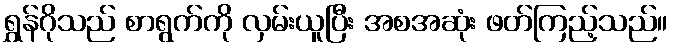
ရွှန်ဂိုသည် စာရွက်ကို လှမ်းယူပြီး အစအဆုံး ဖတ်ကြည့်သည်။